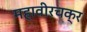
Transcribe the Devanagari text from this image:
महावीरचक्र